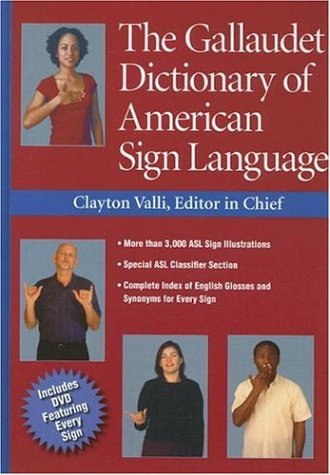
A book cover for The Gallaudet Dictionary of American Sign Language; Reference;